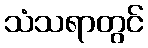
သံသရာတွင်